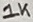
Text: 1K